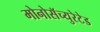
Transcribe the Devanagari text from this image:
मोनोसॅच्युरेटेड